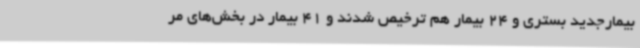
بیمارجدید بستری و 24 بیمار هم ترخیص شدند و 41 بیمار در بخش‌های مر